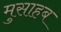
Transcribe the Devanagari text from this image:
मुसाहब